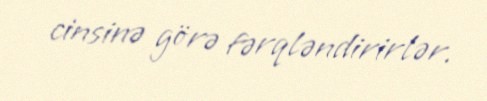
cinsinə görə fərqləndirirlər.